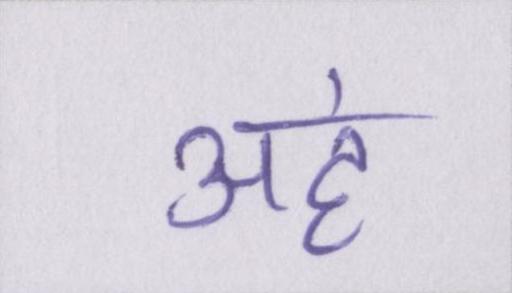
अहं